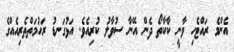
އެންމެ ރައްޓެހި ވާނީ ކާކާތޯ ދެން އޭނާ ސުވާލު ކުރިއެވެ. އަޅުގަނޑު ރަހުމަތްތެރިއެއްގެ